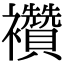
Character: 襸